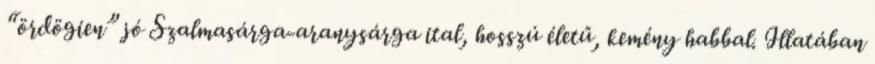
“ördögien” jó Szalmasárga-aranysárga ital, hosszú életű, kemény habbal. Illatában